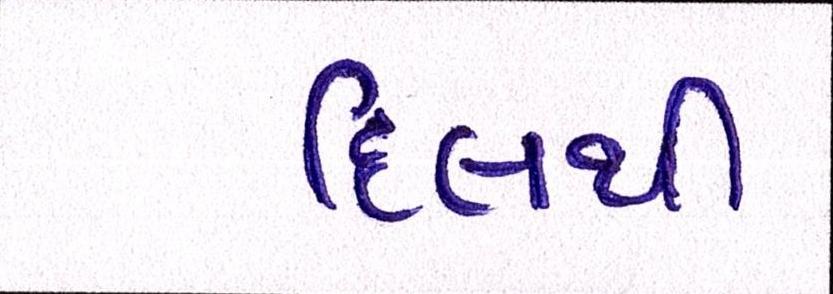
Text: દિલથી